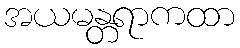
အယမန္တရာကထာ